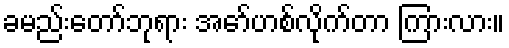
ခမည်းတော်ဘုရား အော်ဟစ်လိုက်တာ ကြားလား။